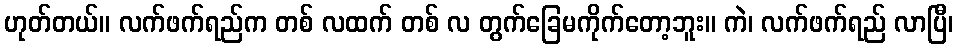
ဟုတ်တယ်။ လက်ဖက်ရည်က တစ် လထက် တစ် လ တွက်ခြေမကိုက်တော့ဘူး။ ကဲ၊ လက်ဖက်ရည် လာပြီ၊